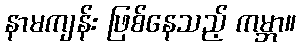
နာမကျန်း ဖြစ်နေသည့် ကမ္ဘာ။